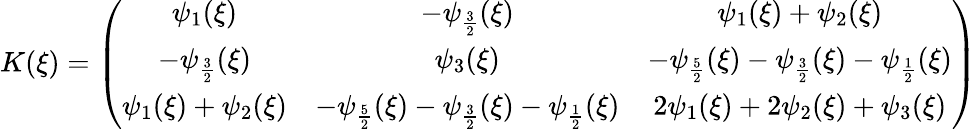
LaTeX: K(\xi)=\left(\begin{array}{ccc}{\psi_{1}(\xi)}&{-\psi_{\frac{3}{2}}(\xi)}&{\psi_{1}(\xi)+\psi_{2}(\xi)}\\ {-\psi_{\frac{3}{2}}(\xi)}&{\psi_{3}(\xi)}&{-\psi_{\frac{5}{2}}(\xi)-\psi_{\frac{3}{2}}(\xi)-\psi_{\frac{1}{2}}(\xi)}\\ {\psi_{1}(\xi)+\psi_{2}(\xi)}&{-\psi_{\frac{5}{2}}(\xi)-\psi_{\frac{3}{2}}(\xi)-\psi_{\frac{1}{2}}(\xi)}&{2\psi_{1}(\xi)+2\psi_{2}(\xi)+\psi_{3}(\xi)}\end{array}\right)